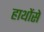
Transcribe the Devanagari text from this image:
हाथोंसे